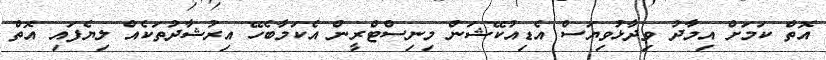
އޮތް ކަމަށް އިމާދު ވިދާޅުވިޔަސް އެޑިއުކޭޝަން މިނިސްޓްރީން އެކަމާބެހޭ އިރުޝާދުތަކެއް ލިޔެފައި އޮތް